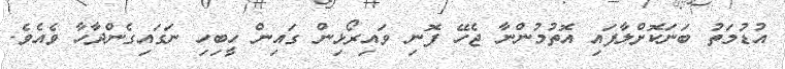
އުޑުމަތު ބަނަކޮށްލާފައި އޮތުމުންނާ ޖެހޭ ފޮނި ވައިރޯޅިން ގައިން ހީބިހި ނަގައިގެންދާހާ ވެއެވެ.